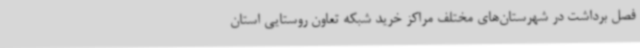
فصل برداشت در شهرستان‌های مختلف مراکز خرید شبکه تعاون روستایی استان